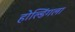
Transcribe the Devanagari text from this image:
होल्डिंगला